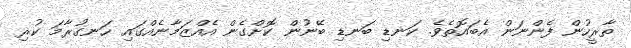
ތާރީހުން ފެންނަން އެބައޮތެވެ. ކަނޑި ބަނޑި ބޭނުން ކޮށްގެން އެއްޒަމާނެއްގައި ހަނގުރާމަ ކުރި